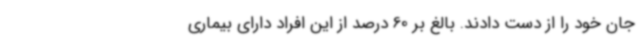
جان خود را از دست دادند. بالغ بر 60 درصد از این افراد دارای بیماری